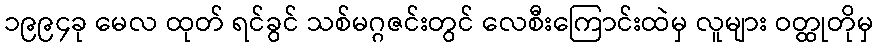
၁၉၉၄ခု မေလ ထုတ် ရင်ခွင် သစ်မဂ္ဂဇင်းတွင် လေစီးကြောင်းထဲမှ လူများ ဝတ္ထုတိုမှ